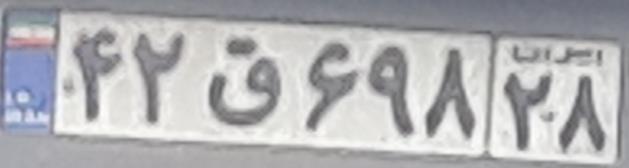
۴۲ق۶۹۸۲۸